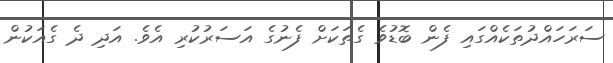
ސަރަހައްދުތަކެއްގައި ފެން ބޮޑުވެ ގެތަކަށް ފެނުގެ އަސަރުކުރި އެވެ. އަދި ދެ ގެއަކުން